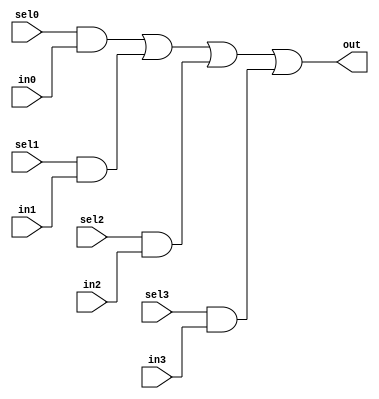
// This program was cloned from: https://github.com/siliconcompiler/lambdalib
// License: MIT License

//#############################################################################
//# Function: 4-Input one-hot mux                                             #
//# Copyright: Lambda Project Authors. All rights Reserved.                   #
//# License:  MIT (see LICENSE file in Lambda repository)                     #
//#############################################################################

module la_dmux4 #(
    parameter PROP = "DEFAULT"  // cell property
) (
    input  sel3,
    input  sel2,
    input  sel1,
    input  sel0,
    input  in3,
    input  in2,
    input  in1,
    input  in0,
    output out
);

    assign out = (sel0 & in0) | (sel1 & in1) | (sel2 & in2) | (sel3 & in3);

endmodule